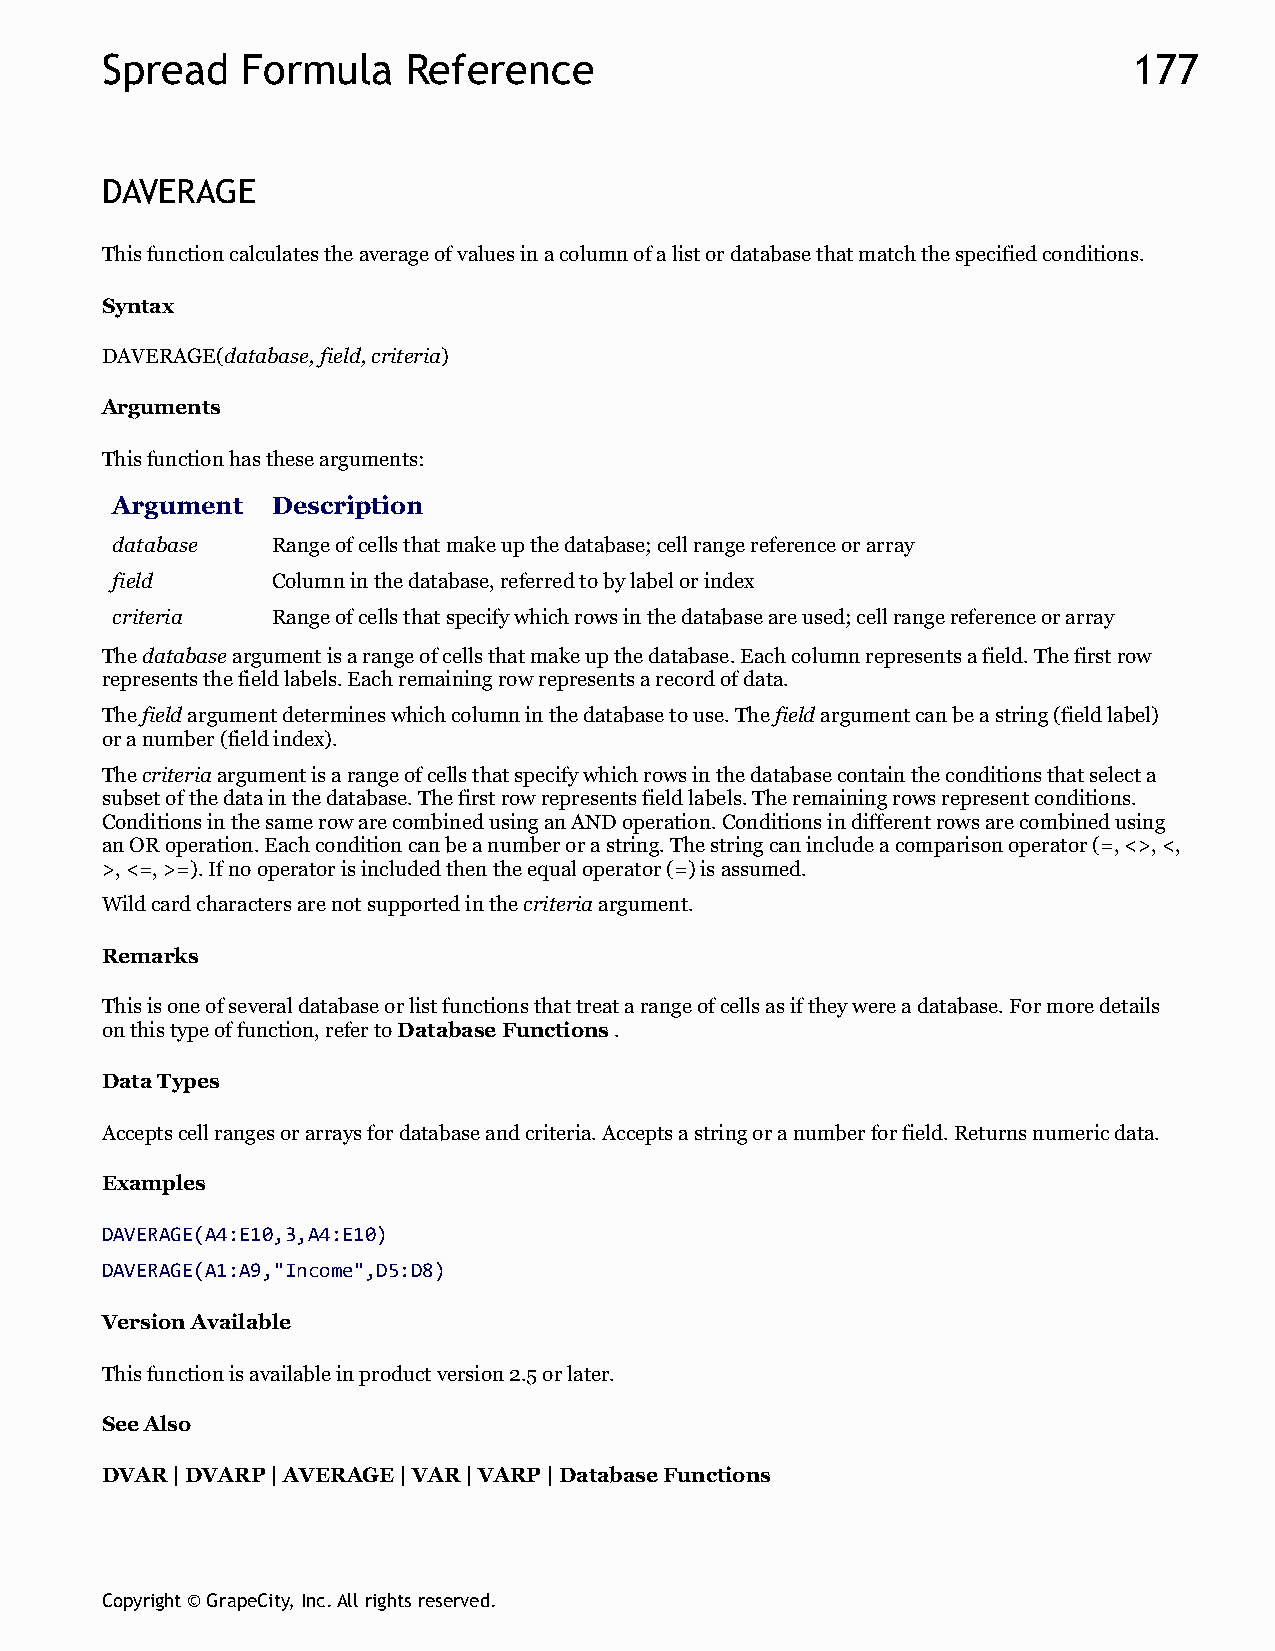
Spread   Formula    Reference                                       177
 DAVERAGE
 This function calculates the average of values in a column of a list or database that match the specified conditions.
 Syntax
 DAVERAGE(database, field, criteria)
 Arguments
 This function has these arguments:
 Argument   Description
 database   Range of cells that make up the database; cell range reference or array
 field      Column in the database, referred to by label or index
 criteria   Range of cells that specify which rows in the database are used; cell range reference or array
 The database argument is a range of cells that make up the database. Each column represents a field. The first row
 represents the field labels. Each remaining row represents a record of data.
 The field argument determines which column in the database to use. The field argument can be a string (field label)
 or a number (field index).
 The criteria argument is a range of cells that specify which rows in the database contain the conditions that select a
 subset of the data in the database. The first row represents field labels. The remaining rows represent conditions.
 Conditions in the same row are combined using an AND operation. Conditions in different rows are combined using
 an OR operation. Each condition can be a number or a string. The string can include a comparison operator (=, <>, <,
 >, <=, >=). If no operator is included then the equal operator (=) is assumed.
 Wild card characters are not supported in the criteria argument.
 Remarks
 This is one of several database or list functions that treat a range of cells as if they were a database. For more details
 on this type of function, refer to Database Functions .
 Data Types
 Accepts cell ranges or arrays for database and criteria. Accepts a string or a number for field. Returns numeric data.
 Examples
 DAVERAGE(A4:E10,3,A4:E10)
 DAVERAGE(A1:A9,"Income",D5:D8)
 Version Available
 This function is available in product version 2.5 or later.
 See Also
 DVAR | DVARP | AVERAGE | VAR | VARP | Database Functions
 Copyright © GrapeCity, Inc. All rights reserved.